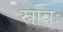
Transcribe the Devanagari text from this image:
स्रावः